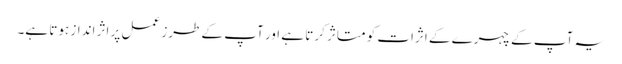
یہ آپ کے چہرے کے اثرات کو متاثر کرتا ہے اور آپ کے طرز عمل پر اثر انداز ہوتا ہے۔